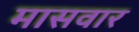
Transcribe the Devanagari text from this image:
मासवार